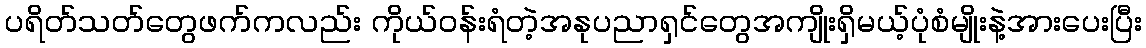
ပရိတ်သတ်တွေဖက်ကလည်း ကိုယ်ဝန်းရံတဲ့အနုပညာရှင်တွေအကျိုးရှိမယ့်ပုံစံမျိုးနဲ့အားပေးပြီး